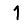
Digit: 1